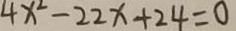
4 x ^ { 2 } - 2 2 x + 2 4 = 0